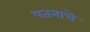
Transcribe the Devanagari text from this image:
पतनाचे